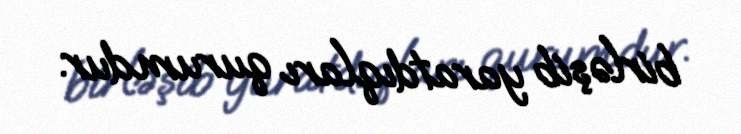
birləşib yaratdıqları qurumdur.